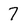
Character: 7